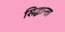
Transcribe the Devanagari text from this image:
सिद्धान्ता